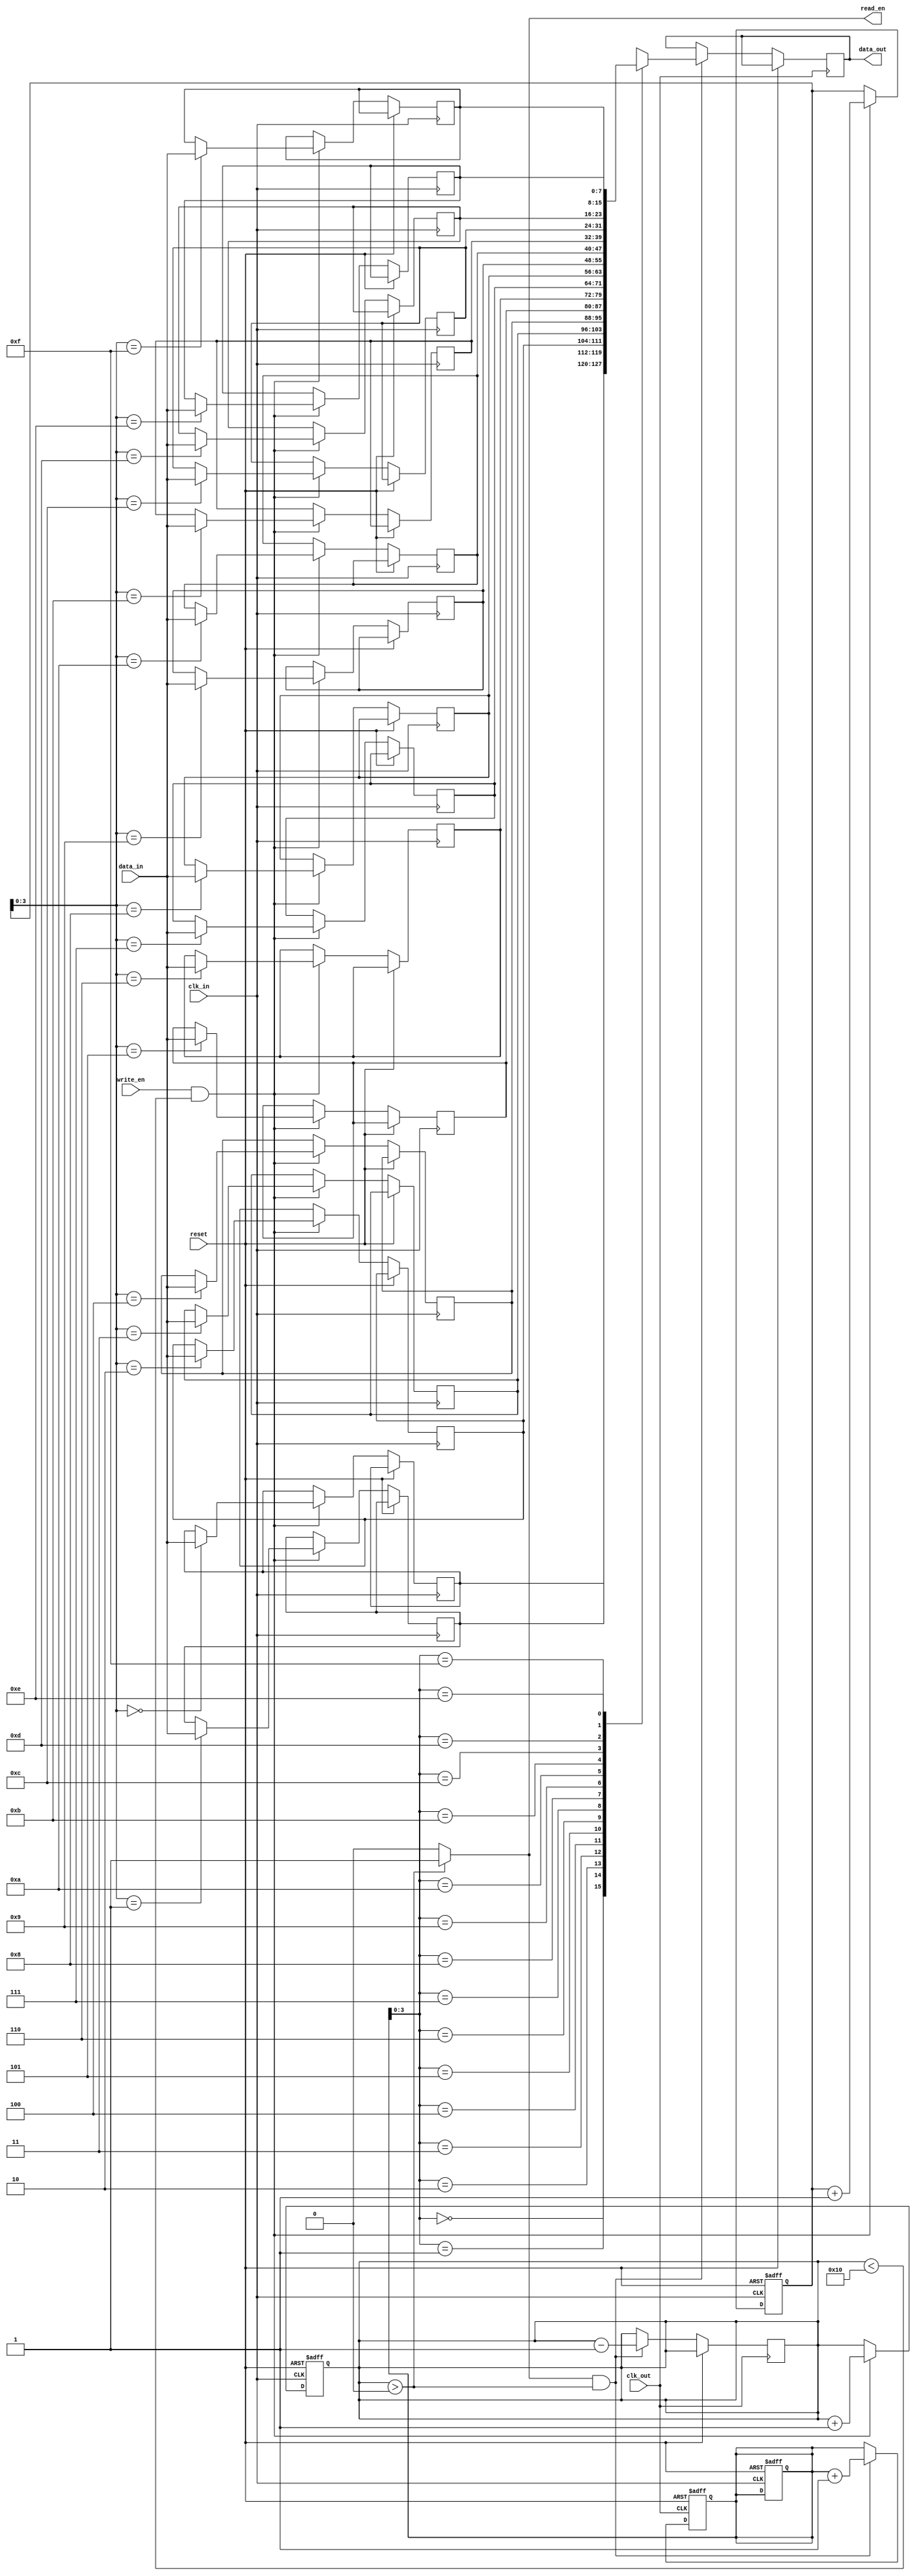
module FirstWordFallThroughFIFO (
    input wire clk_in,            // Input clock
    input wire reset,             // Reset signal
    input wire [WIDTH-1:0] data_in,  // Input data
    input wire write_en,          // Write enable signal
    output wire [WIDTH-1:0] data_out, // Output data
    input wire clk_out,           // Output clock
    output wire read_en           // Read enable signal
);

parameter WIDTH = 8;            // Data width of FIFO buffer
parameter DEPTH = 16;           // Depth of FIFO buffer

reg [WIDTH-1:0] buffer [DEPTH-1:0];
reg [4:0] read_ptr;
reg [4:0] write_ptr;
reg [4:0] fifo_count;

always @(posedge clk_in or posedge reset) begin
    if (reset) begin
        read_ptr <= 5'b0;
        write_ptr <= 5'b0;
        fifo_count <= 5'b0;
    end else begin
        if (write_en && fifo_count < DEPTH) begin
            buffer[write_ptr] <= data_in;
            write_ptr <= write_ptr + 1;
            fifo_count <= fifo_count + 1;
        end
    end
end

always @(posedge clk_out or posedge reset) begin
    if (reset) begin
        read_ptr <= 5'b0;
    end else begin
        if (read_en && fifo_count > 0) begin
            data_out <= buffer[read_ptr];
            read_ptr <= read_ptr + 1;
            fifo_count <= fifo_count - 1;
        end
    end
end

assign read_en = (fifo_count > 0) ? 1'b1 : 1'b0;

endmodule